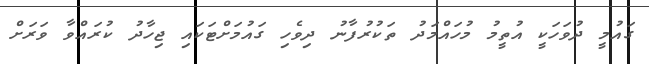
ގައުމީ ދުވަހަކީ އުތީމު މުހައްމަދު ތަކުރުފާނު ދިވެހި ގައުމަށްޓަކައި ޖިހާދު ކުރައްވާ ވަރަށް